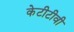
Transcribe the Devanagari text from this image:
केटीटीवी